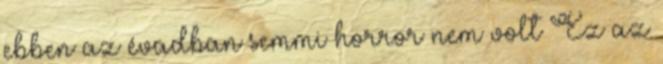
ebben az évadban semmi horror nem volt Ez az